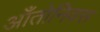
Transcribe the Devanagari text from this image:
आँतोनियस